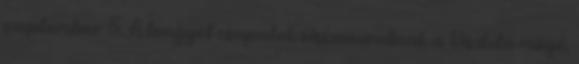
szeptember 5. A lengyel csapatok visszavonulnak a Visztula mögé.